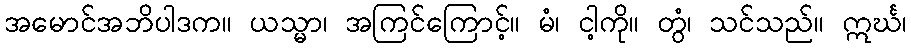
အမောင်အဘိပါဒက။ ယသ္မာ၊ အကြင်ကြောင့်။ မံ၊ ငါ့ကို။ တွံ၊ သင်သည်။ ဣင်္ဃ၊